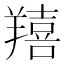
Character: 𦏔